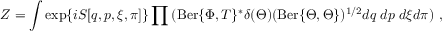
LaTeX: Z = \int \exp \{ i S [ q , p , \xi , \pi ] \} \prod { ( \mathrm { B e r } \{ \Phi , T \} ^ { * } \delta ( \Theta ) ( \mathrm { B e r } \{ \Theta , \Theta \} ) ^ { 1 / 2 } d q \; d p \; d \xi d \pi } ) \ ,